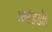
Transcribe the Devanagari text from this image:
आनंडडोह